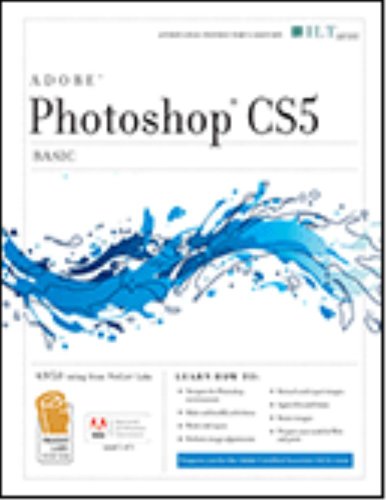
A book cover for Photoshop Cs5: Basic, Aca Edition + Certblaster (ILT); Computers & Technology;